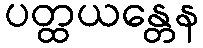
ပတ္ထယန္တေန